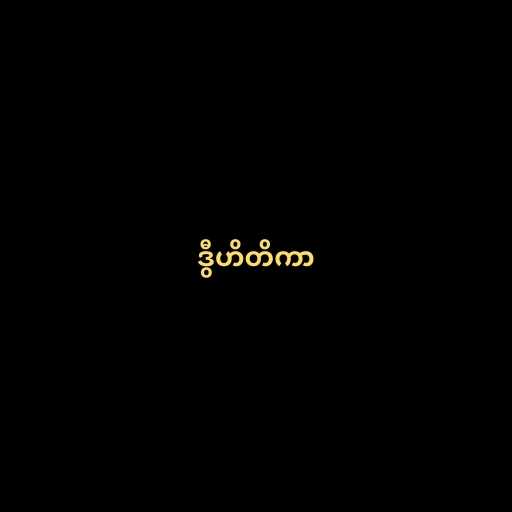
ဒွီဟိတိကာ